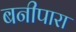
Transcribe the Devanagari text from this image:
बनीपारा